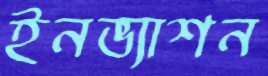
ইনভ্যাশন